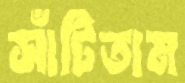
সাঁটিতাম